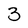
Character: 3